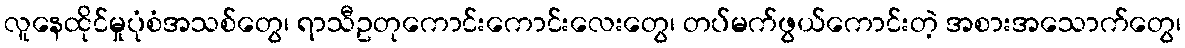
လူနေထိုင်မှုပုံစံအသစ်တွေ၊ ရာသီဥတုကောင်းကောင်းလေးတွေ၊ တပ်မက်ဖွယ်ကောင်းတဲ့ အစားအသောက်တွေ၊